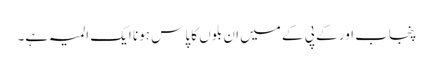
پنجاب اور کے پی کے میں ان بلوں کا پاس ہونا ایک المیہ ہے۔